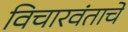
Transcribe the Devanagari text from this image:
विचारवंताचे